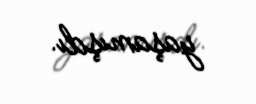
yaşamışdı.